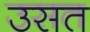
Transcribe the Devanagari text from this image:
उसत